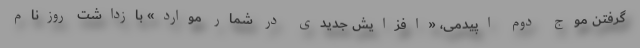
گرفتن موج دوم اپیدمی، «افزایش جدیدی در شمار موارد» بازداشت روزنام